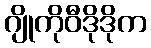
ဂျိုကိုဝီဒိုဒိုက